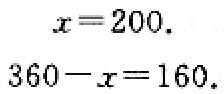
\[
\begin{align*}
x&=200.\\
360 - x&=160.
\end{align*}
\]